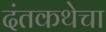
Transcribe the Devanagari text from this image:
दंतकथेचा